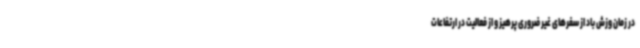
در زمان وزش باد از سفرهای غیر ضروری پرهیز و از فعالیت در ارتفاعات